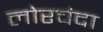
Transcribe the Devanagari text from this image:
लोरचंदा